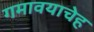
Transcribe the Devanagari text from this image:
गमावयाचेह